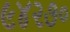
૯૪૨૭૦